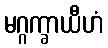
မဂ္ဂက္ခာယီဟံ